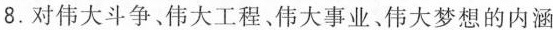
8. 对伟大斗争、伟大工程、伟大事业、伟大梦想的内涵